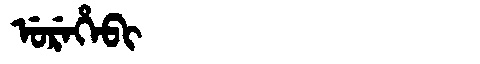
Manchu: ᡠᡵᡝᡥᡝᠪᡳ
Romanization: UREHEBI